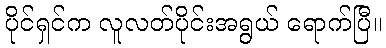
ပိုင်ရှင်က လူလတ်ပိုင်းအရွယ် ရောက်ပြီ။